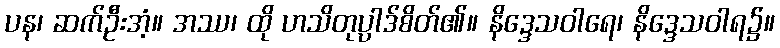
ပန၊ ဆက်ဦးအံ့။ အဿ၊ ထို ဟသိတုပ္ပါဒ်စိတ်၏။ နိဒ္ဒေသဝါရေ၊ နိဒ္ဒေသဝါရ၌။